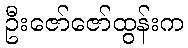
ဦးဇော်ဇော်ထွန်းက